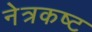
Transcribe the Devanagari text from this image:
नेत्रकष्ट